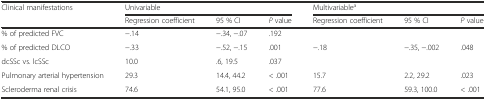
<table><thead><tr><td rowspan="2"><b>Clinical manifestations</b></td><td colspan="3"><b>Univariable</b></td><td colspan="3"><b>Multivariable<sup>a</sup></b></td></tr><tr><td><b>Regression coefficient</b></td><td><b>95 % CI</b></td><td><b><i>P</i> value</b></td><td><b>Regression coefficient</b></td><td><b>95 % CI</b></td><td><b><i>P</i> value</b></td></tr></thead><tbody><tr><td>% of predicted FVC</td><td>−.14</td><td>−.34, −.07</td><td>.192</td><td></td><td></td><td></td></tr><tr><td>% of predicted DLCO</td><td>−.33</td><td>−.52, −.15</td><td>.001</td><td>−.18</td><td>−.35, −.002</td><td>.048</td></tr><tr><td>dcSSc vs. lcSSc</td><td>10.0</td><td>.6, 19.5</td><td>.037</td><td></td><td></td><td></td></tr><tr><td>Pulmonary arterial hypertension</td><td>29.3</td><td>14.4, 44.2</td><td>&lt; .001</td><td>15.7</td><td>2.2, 29.2</td><td>.023</td></tr><tr><td>Scleroderma renal crisis</td><td>74.6</td><td>54.1, 95.0</td><td>&lt; .001</td><td>77.6</td><td>59.3, 100.0</td><td>&lt; .001</td></tr></tbody></table>